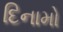
દિનામો